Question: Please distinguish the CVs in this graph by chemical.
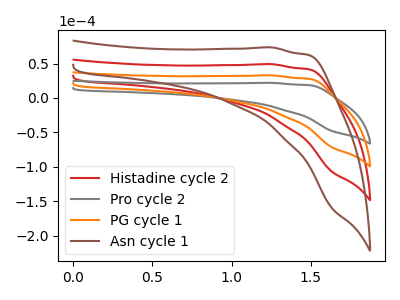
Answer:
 <answer>The red curve is labeled "Histadine cycle 2". The gray curve is labeled "Pro cycle 2". The orange curve is labeled "PG cycle 1". The brown curve is labeled "Asn cycle 1".</answer>
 <eval></eval>